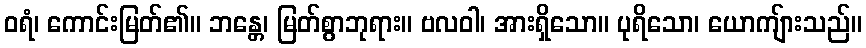
ဝရံ၊ ကောင်းမြတ်၏။ ဘန္တေ၊ မြတ်စွာဘုရား။ ဗလဝါ၊ အားရှိသော။ ပုရိသော၊ ယောကျ်ားသည်။